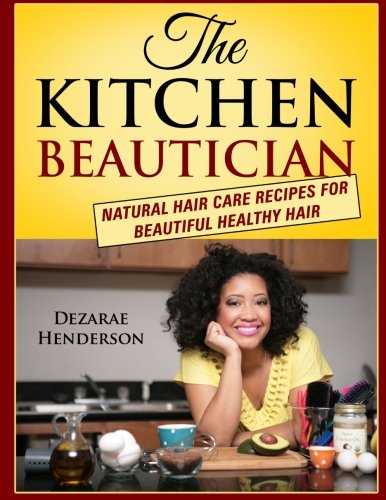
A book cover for The Kitchen Beautician: Natural Hair Care Recipes for Beautiful Healthy Hair; Dezarae Henderson; Health, Fitness & Dieting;